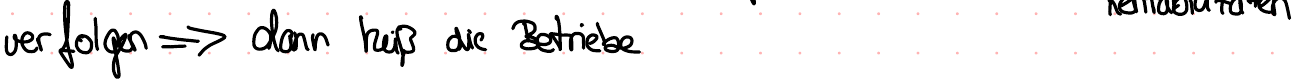
verfolgen => dann heiß die Betriebe